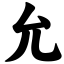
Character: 允